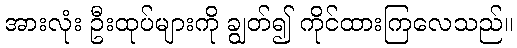
အားလုံး ဦးထုပ်များကို ချွတ်၍ ကိုင်ထားကြလေသည်။